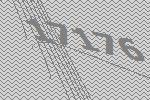
17176